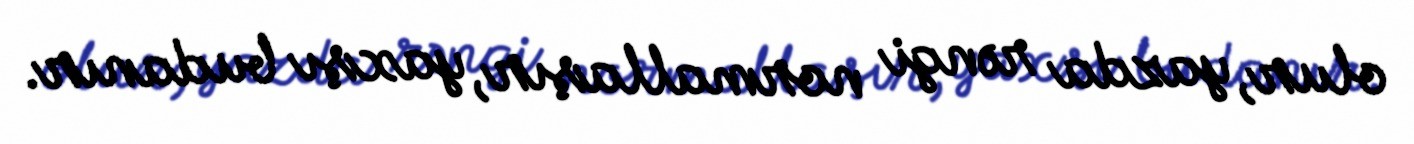
olur, yazda rəngi normallaşır, yaxşı budanır.